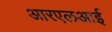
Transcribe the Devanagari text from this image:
आरएलआई